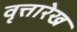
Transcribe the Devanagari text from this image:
वृत्तारेख